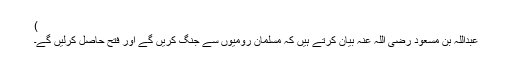
)
عبداللہ بن مسعود رضی اللہ عنہ بیان کرتے ہیں کہ مسلمان رومیوں سے جنگ کریں گے اور فتح حاصل کرلیں گے۔